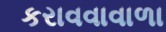
કરાવવાવાળા